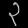
Digit: ၃